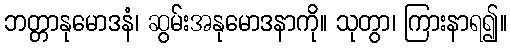
ဘတ္တာနုမောဒနံ၊ ဆွမ်းအနုမောဒနာကို။ သုတွာ၊ ကြားနာရ၍။